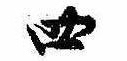
四